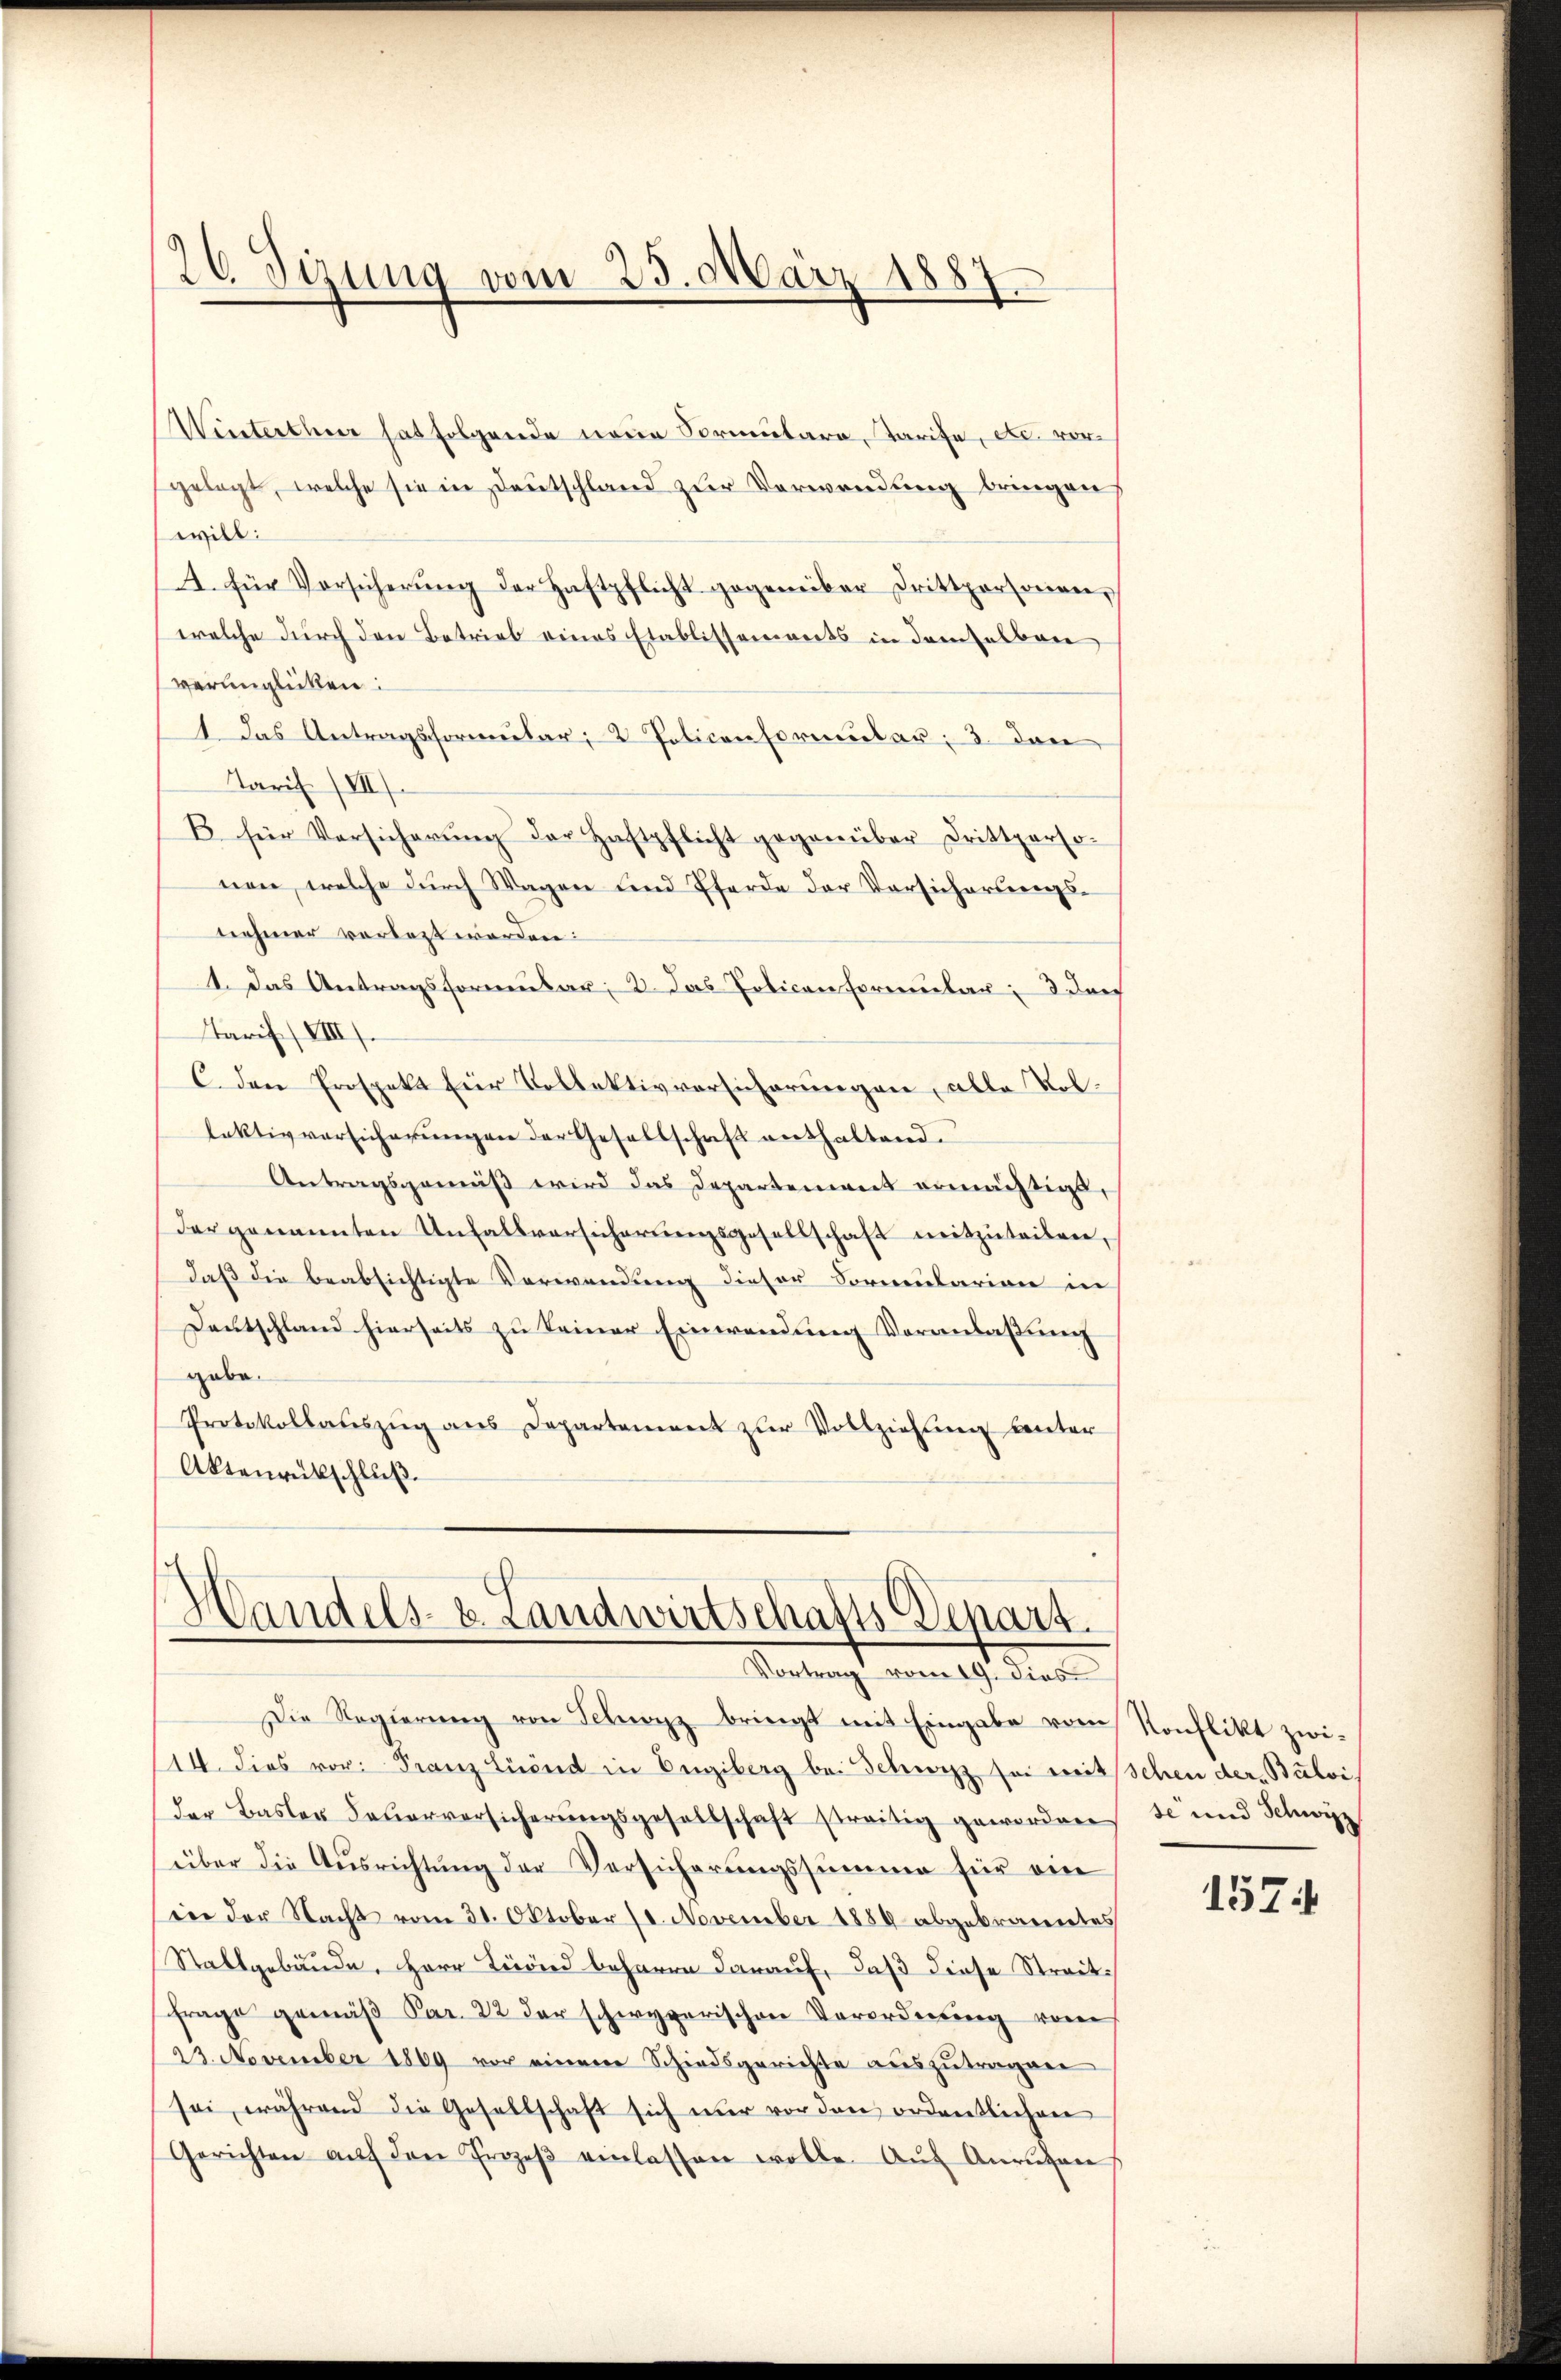
26 Sizung vom 25. März 1887.

Winterthur hat folgende neue Formulara, Tarife, etc. vorgelegt, welche sie in Deutschland zur Verwendung bringen
will:
4. für Vorsicherŭng der Haftpflicht gegenüber drittpersonen,
welche durch den Betrieb eines Etablissements in demselben
verünglicken:
1. Das Antragsformular, 2 Policenformular: 3. dan
Tarif (VII).
B für Versicherŭng der Haftpflicht gegenüber drittperso-
nen, welche durch Wagen und Pferde der Vorsicherungsnehmer vorlegt werden:
1. Das Antragsformular, 2. Das Policen Formular: 3 das
Tarif (VIII
C. den Prospekt Eier Vollektivversicherungen, alle Vollektivversicherungen der Gesellschaft enthaltend.
Antragsgemäß wird das Departement ermächtigt,
der genannten Unfallversicherungsgesellschaft mitzuteilen,
daß die beabsichtigte Verwendung dieser Formularion in
Deutschland hierseits zu keiner Einwendung Voranlaßung
gabe.
Protokollauszug aus Departement zur Vollziehung unter
Aktenrückschluß.

Handels- u. Landwirtschafts-Depart.
Vortrag vom 19. dies

Die Regierung von Selnoyz bringt mit Eingabe vom Konflikt zwi¬
144. dies vor: Franz Liend in Engiberg bei Schwyz sei mitschen der Bulvider Basler Feŭerversicherŭngsgesellschaft streitig gewordnen se und Schwyz
über die Ausrichtung der Versicherungssumme für ein
in der Nacht vom 31. Oktober 18. November 1889 abgebranntes
Stallgebäude, HHerr Leid beharre darauf, daß diese Streit¬
Frage gemäß Par. 22 der schwyzerischen Verordnung von
23. November 1869 vor einem Schiedsgerichte aŭszŭtragen
sei, während die Gesellschaft sich nur vor den ordentlichen
Gerichten aŭf den Prozeβ einlassen wolle. Aŭf Anruhen

157.